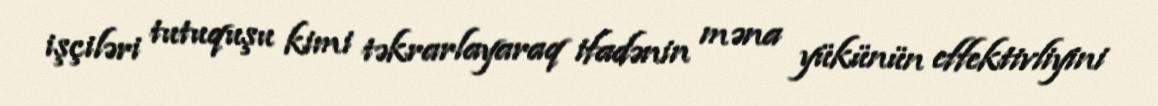
işçiləri tutuquşu kimi təkrarlayaraq ifadənin məna yükünün effektivliyini